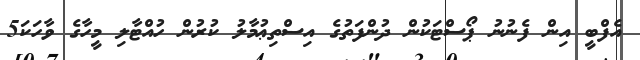
އެފްބީ އިން ފެނުނު ޕޯސްޓަކުން ދުންފަތުގެ އިސްތިޢުމާލު ކުރުން ހުއްޓާލި މީހާގެ ވާހަކަ5